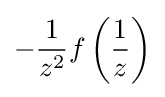
-{\frac {1}{z^{2}}}f\left({\frac {1}{z}}\right)